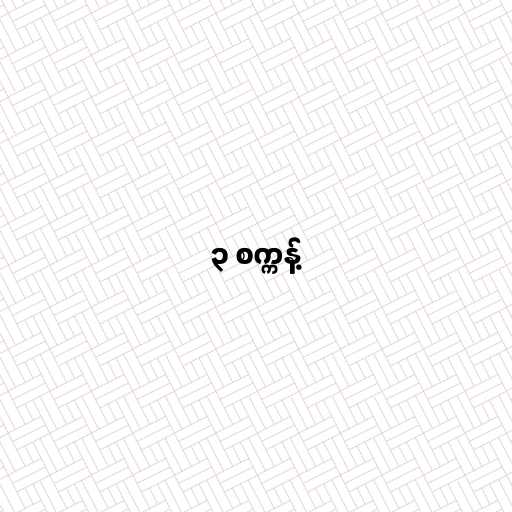
၃ စက္ကန့်